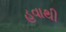
હવાથી